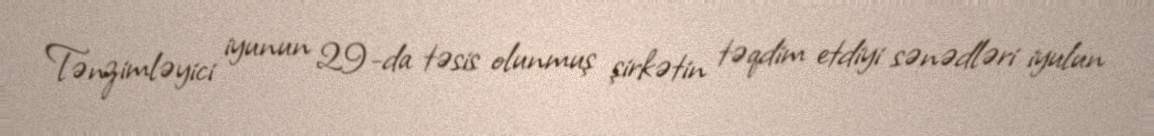
Tənzimləyici iyunun 29-da təsis olunmuş şirkətin təqdim etdiyi sənədləri iyulun